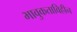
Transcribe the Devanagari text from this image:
भावुकताविहीन